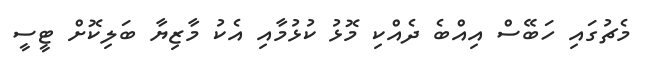
މެޗުގައި ހަބޭސް އިއްބެ ދެއްކި މޮޅު ކުޅުމާއި އެކު މާޒިޔާ ބަލިކޮށް ޓީސީ